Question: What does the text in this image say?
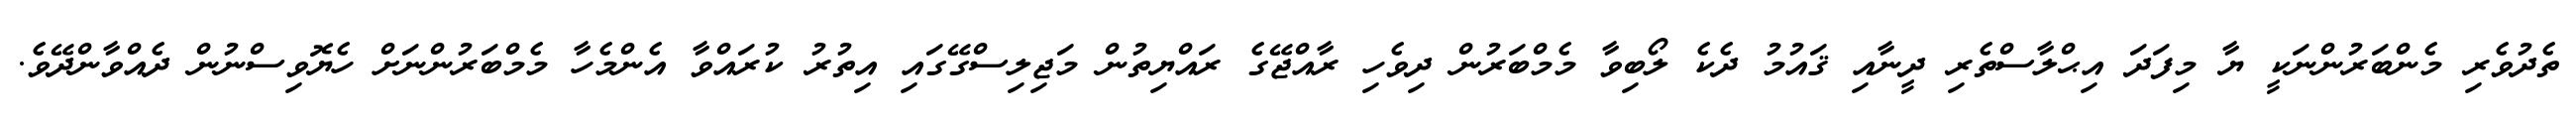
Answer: ތެދުވެރި މެންބަރުންނަކީ ޔާ މިފަދަ އިޙްލާސްތެރި ދީނާއި ޤައުމު ދެކެ ލޯބިވާ މެމްބަރުން ދިވެހި ރާއްޖޭގެ ރައްޔިތުން މަޖިލިސްގޭގައި އިތުރު ކުރައްވާ އެންމެހާ މެމްބަރުންނަށް ހެޔޮވިސްނުން ދެއްވާންދޭވެ.